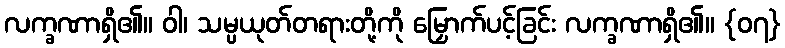
လက္ခဏာရှိ၏။ ဝါ၊ သမ္ပယုတ်တရားတို့ကို မြှောက်ပင့်ခြင်း လက္ခဏာရှိ၏။ {၀၇}